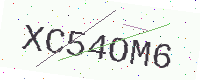
Text: XC54OM6